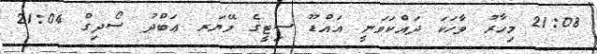
21:08 މިހާރު ވާހަކަ ދައްކަވަނީ އައްޑޫ ސިޓީގެ މޭޔަރ ޢަބްދު ސޯދިގް 21:04